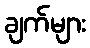
ချက်များ